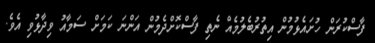
ފާސްކުރަން ހުށައެޅުމުން އިތުރުބެލުމެއް ނެތި ފާސްކޮށްދެމުން އަންނަ ކަމަށް ސަމާއު ވިދާޅުވި އެވެ.